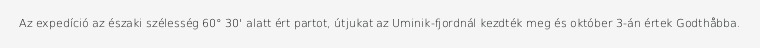
Az expedíció az északi szélesség 60° 30' alatt ért partot, útjukat az Uminik-fjordnál kezdték meg és október 3-án értek Godthåbba.